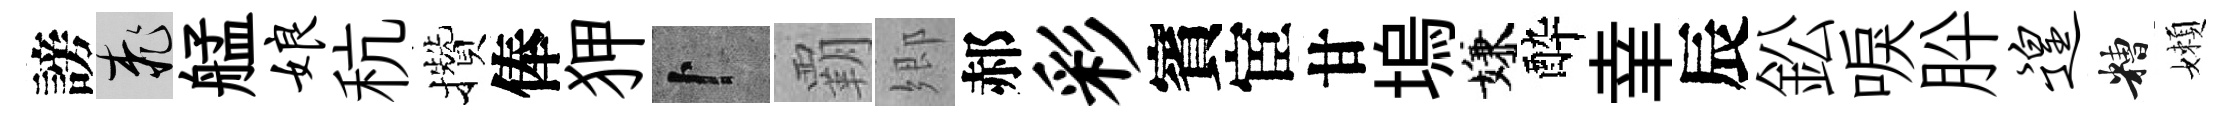
謗桃艋娘秔攢俸狎卜覇郷郝彩賓宦甘塢嫌酔𦍒辰鈆唳肸遑糟嬾